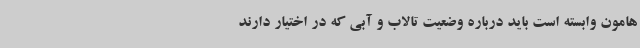
هامون وابسته است باید درباره وضعیت تالاب و آبی که در اختیار دارند